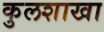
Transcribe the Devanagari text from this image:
कुलशाखा